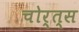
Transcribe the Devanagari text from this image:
चोर्त्स